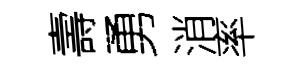
壽勇消率